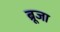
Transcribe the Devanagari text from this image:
ब्रूजा